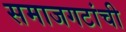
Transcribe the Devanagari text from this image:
समाजगटांची